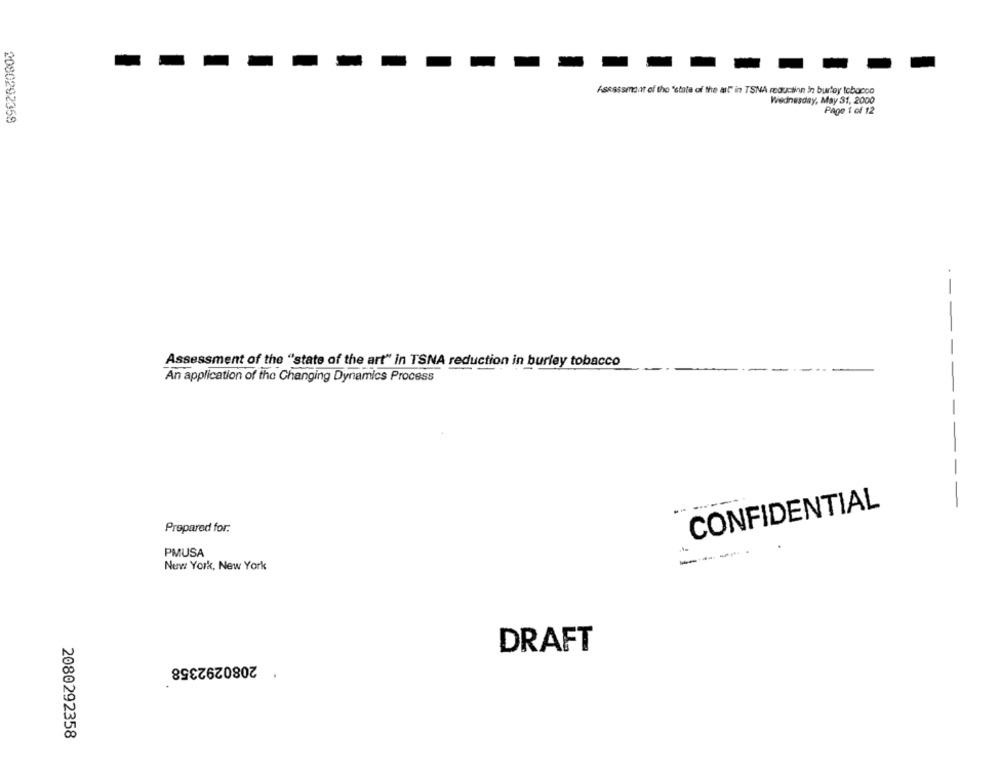
Assessment of the 'state of the all" in TSNA reduction in burley tobacco
Wednesday, May 31, 2000
Page 1 of 12
2080292358
--
Assessment of the "state of the art" in TSNA reduction in burley tobacco
An application of the Changing Dynamics Process
CONFIDENTIAL
Prepared for:
PMUSA
New York, New York
DRAFT
* 2080292358
2080292358